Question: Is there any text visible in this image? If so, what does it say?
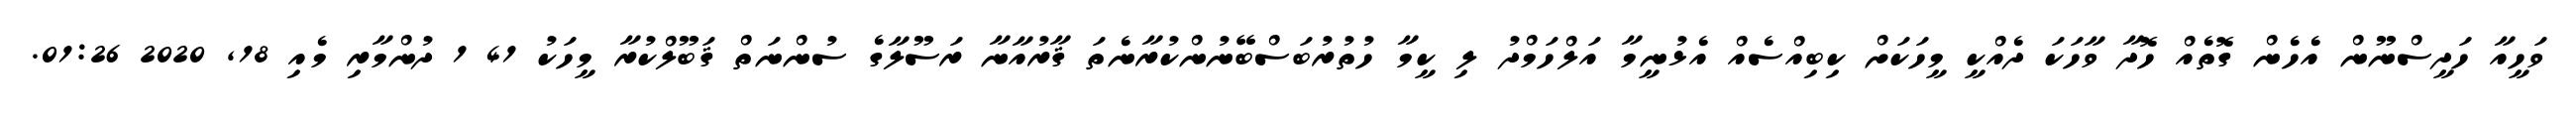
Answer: ވަހީއާ ހަދީސްނޫން އެހެން ގޮތެއް ހޮދާ ވާހަކަ ދެއްކީ މީހަކަށް ކިބިއްސެއް އެޅުނީމާ އަލްހަމްދު ލި ކީމާ ހުތުރުބަސްބޭނުންކުރާނެތަ ޤާރުއާނާ ރަސޫލާގެ ސުންނަތް ޤަބޫލްކުރާ މީހަކު 41 1 ދުންމާރި މެއި 18, 2020 01:26.